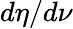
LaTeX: d\eta/d\nu